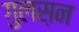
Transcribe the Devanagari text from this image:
गुलस़न